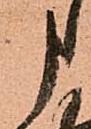
申